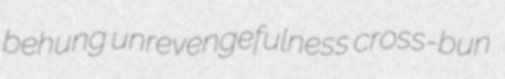
behung unrevengefulness cross-bun